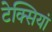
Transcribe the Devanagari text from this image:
टेक्सियां